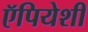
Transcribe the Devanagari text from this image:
ऍपियेशी